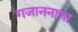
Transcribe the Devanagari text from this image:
गजाननाचा